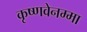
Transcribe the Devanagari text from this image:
कृष्णवेनम्मा